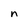
Character: n